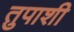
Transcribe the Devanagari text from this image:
तुपाशी